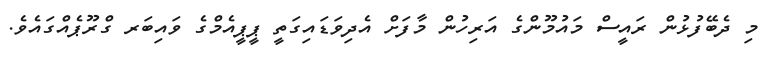
މި ދެބޭފުޅުން ރައީސް މައުމޫންގެ އަރިހުން މާފަށް އެދިވަޑައިގަތީ ޕީޕީއެމްގެ ވައިބަރ ގްރޫޕެއްގައެވެ.